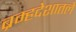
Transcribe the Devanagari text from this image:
ब्रम्हदेशातले